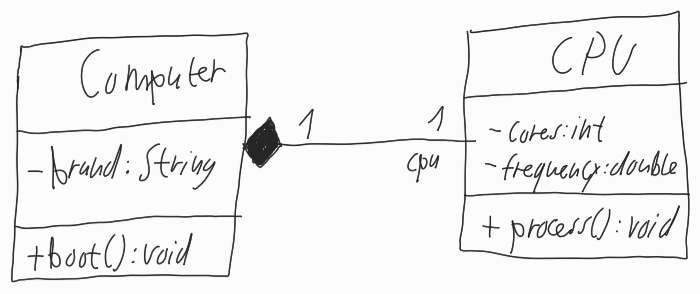
Diagram type: class_diagram
```plantuml
@startuml

class Computer {
  - brand: String
  + boot(): void
}

class CPU {
  - cores: int
  - frequency: double
  + process(): void
}

Computer "1" *-- "cpu 1" CPU

@enduml
```